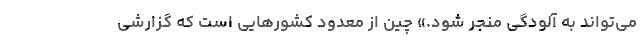
می‌تواند به آلودگی منجر شود.» چین از معدود کشورهایی است که گزارشی